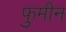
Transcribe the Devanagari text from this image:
फुमीन